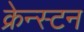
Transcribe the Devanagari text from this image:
क्रेन्स्टन